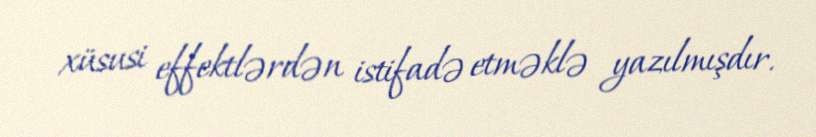
xüsusi effektlərdən istifadə etməklə yazılmışdır.